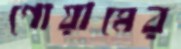
গোয়ামের